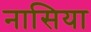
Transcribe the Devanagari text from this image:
नासिया